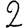
Digit: 2